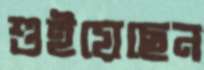
শুইয়েছেন